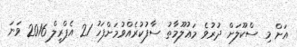
އަށް މި ސްކޫލަށް ދުރުވެ މަޢުލޫމާތު ސާފުކުރެއްވުމަށްފަހު 21 އެޕްރީލް 2016 ވަނަ